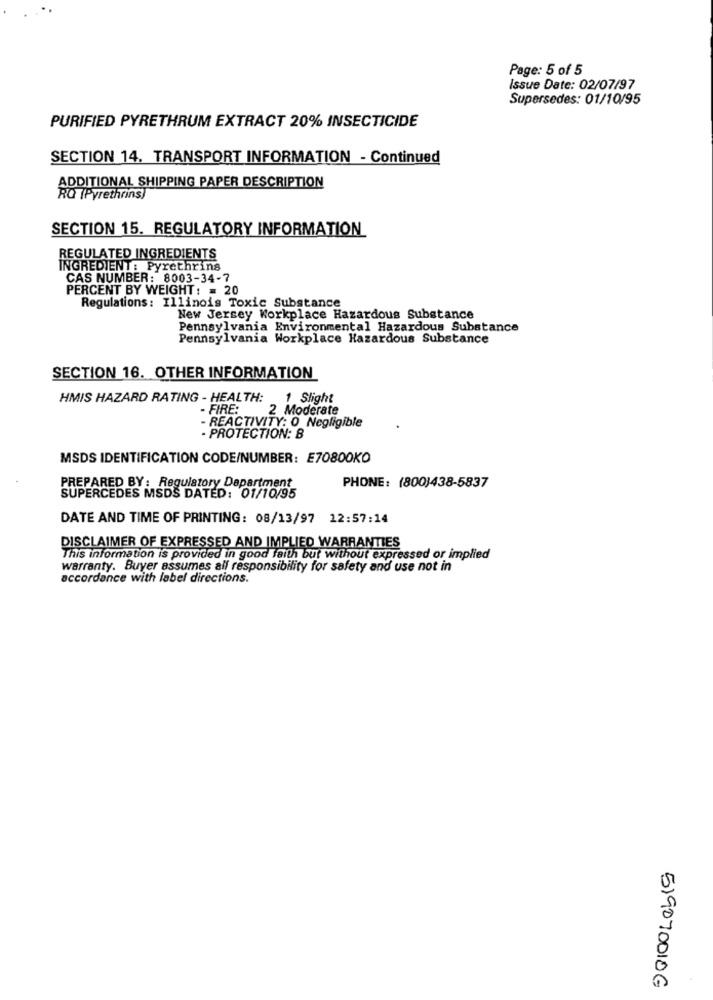
Page: 5 of 5
Issue Date: 02/07/97
Supersedes: 01/10/95
PURIFIED PYRETHRUM EXTRACT 20% INSECTICIDE
SECTION 14. TRANSPORT INFORMATION - Continued
ADDITIONAL SHIPPING PAPER DESCRIPTION
RO (Pyrethrins)
SECTION 15. REGULATORY INFORMATION
REGULATED INGREDIENTS
INGREDIENT: Pyrethrins
CAS NUMBER: 8003-34-7
PERCENT BY WEIGHT : = 20
Regulations: Illinois Toxic Substance
New Jersey Workplace Hazardous Substance
Pennsylvania Environmental Hazardous Substance
Pennsylvania Workplace Hazardous Substance
SECTION 16. OTHER INFORMATION
HMIS HAZARD RATING - HEALTH:
1 Slight
- FIRE:
2 Moderate
- REACTIVITY: 0 Negligible
- PROTECTION: B
MSDS IDENTIFICATION CODE/NUMBER: E70800KO
PREPARED BY : Regulatory Department
PHONE: (800)438-5837
SUPERCEDES MSDS DATED: 01/10/95
DATE AND TIME OF PRINTING: 08/13/97 12:57:14
DISCLAIMER OF EXPRESSED AND IMPLIED WARRANTIES
This information is provided in good faith but without expressed or implied
warranty. Buyer assumes all responsibility for safety and use not in
accordance with label directions.
519070010G